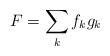
\begin{align*} F = \sum_{k} f_kg_k\end{align*}